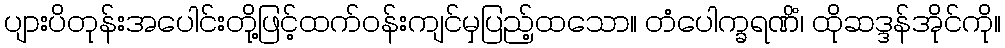
ပျားပိတုန်းအပေါင်းတို့ဖြင့်ထက်ဝန်းကျင်မှပြည့်ထသော။ တံပေါက္ခရဏိံ၊ ထိုဆဒ္ဒန်အိုင်ကို။